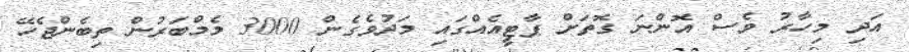
އަދި މިހާރު ވެސް އޮންނަ ގޮތަށް ޕާޓީއެއްގައި މަދުވެގެން 3000 މެމްބަރުން ތިބެންޖެހޭ